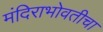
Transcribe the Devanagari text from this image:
मंदिराभोवतीचा